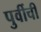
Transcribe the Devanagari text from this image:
पुर्वीची